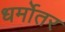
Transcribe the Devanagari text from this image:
धर्मोतर